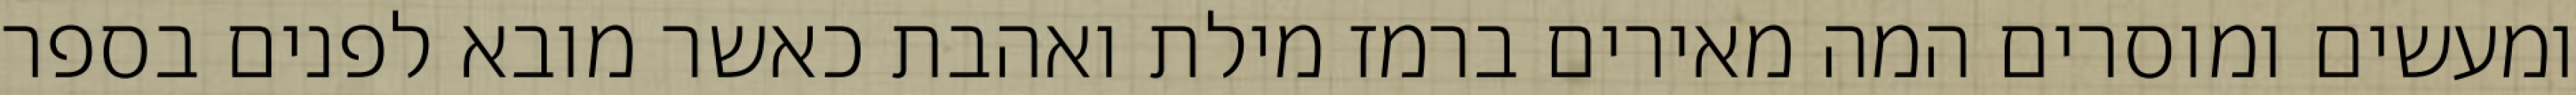
ומעשים ומוסרים המה מאירים ברמז מילת ואהבת כאשר מובא לפנים בספר